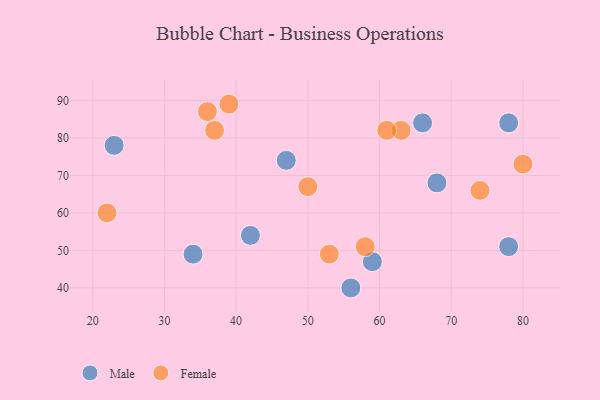
{"axis": {"x": "GDP", "y": "Life Expectancy"}, "legend": ["Female", "Male"], "data": [{"x": "78", "y": 51, "type": "Male"}, {"x": "59", "y": 47, "type": "Male"}, {"x": "68", "y": 68, "type": "Male"}, {"x": "23", "y": 78, "type": "Male"}, {"x": "56", "y": 40, "type": "Male"}, {"x": "34", "y": 49, "type": "Male"}, {"x": "42", "y": 54, "type": "Male"}, {"x": "47", "y": 74, "type": "Male"}, {"x": "78", "y": 84, "type": "Male"}, {"x": "66", "y": 84, "type": "Male"}, {"x": "37", "y": 82, "type": "Female"}, {"x": "63", "y": 82, "type": "Female"}, {"x": "36", "y": 87, "type": "Female"}, {"x": "74", "y": 66, "type": "Female"}, {"x": "22", "y": 60, "type": "Female"}, {"x": "80", "y": 73, "type": "Female"}, {"x": "61", "y": 82, "type": "Female"}, {"x": "58", "y": 51, "type": "Female"}, {"x": "53", "y": 49, "type": "Female"}, {"x": "50", "y": 67, "type": "Female"}, {"x": "39", "y": 89, "type": "Female"}]}